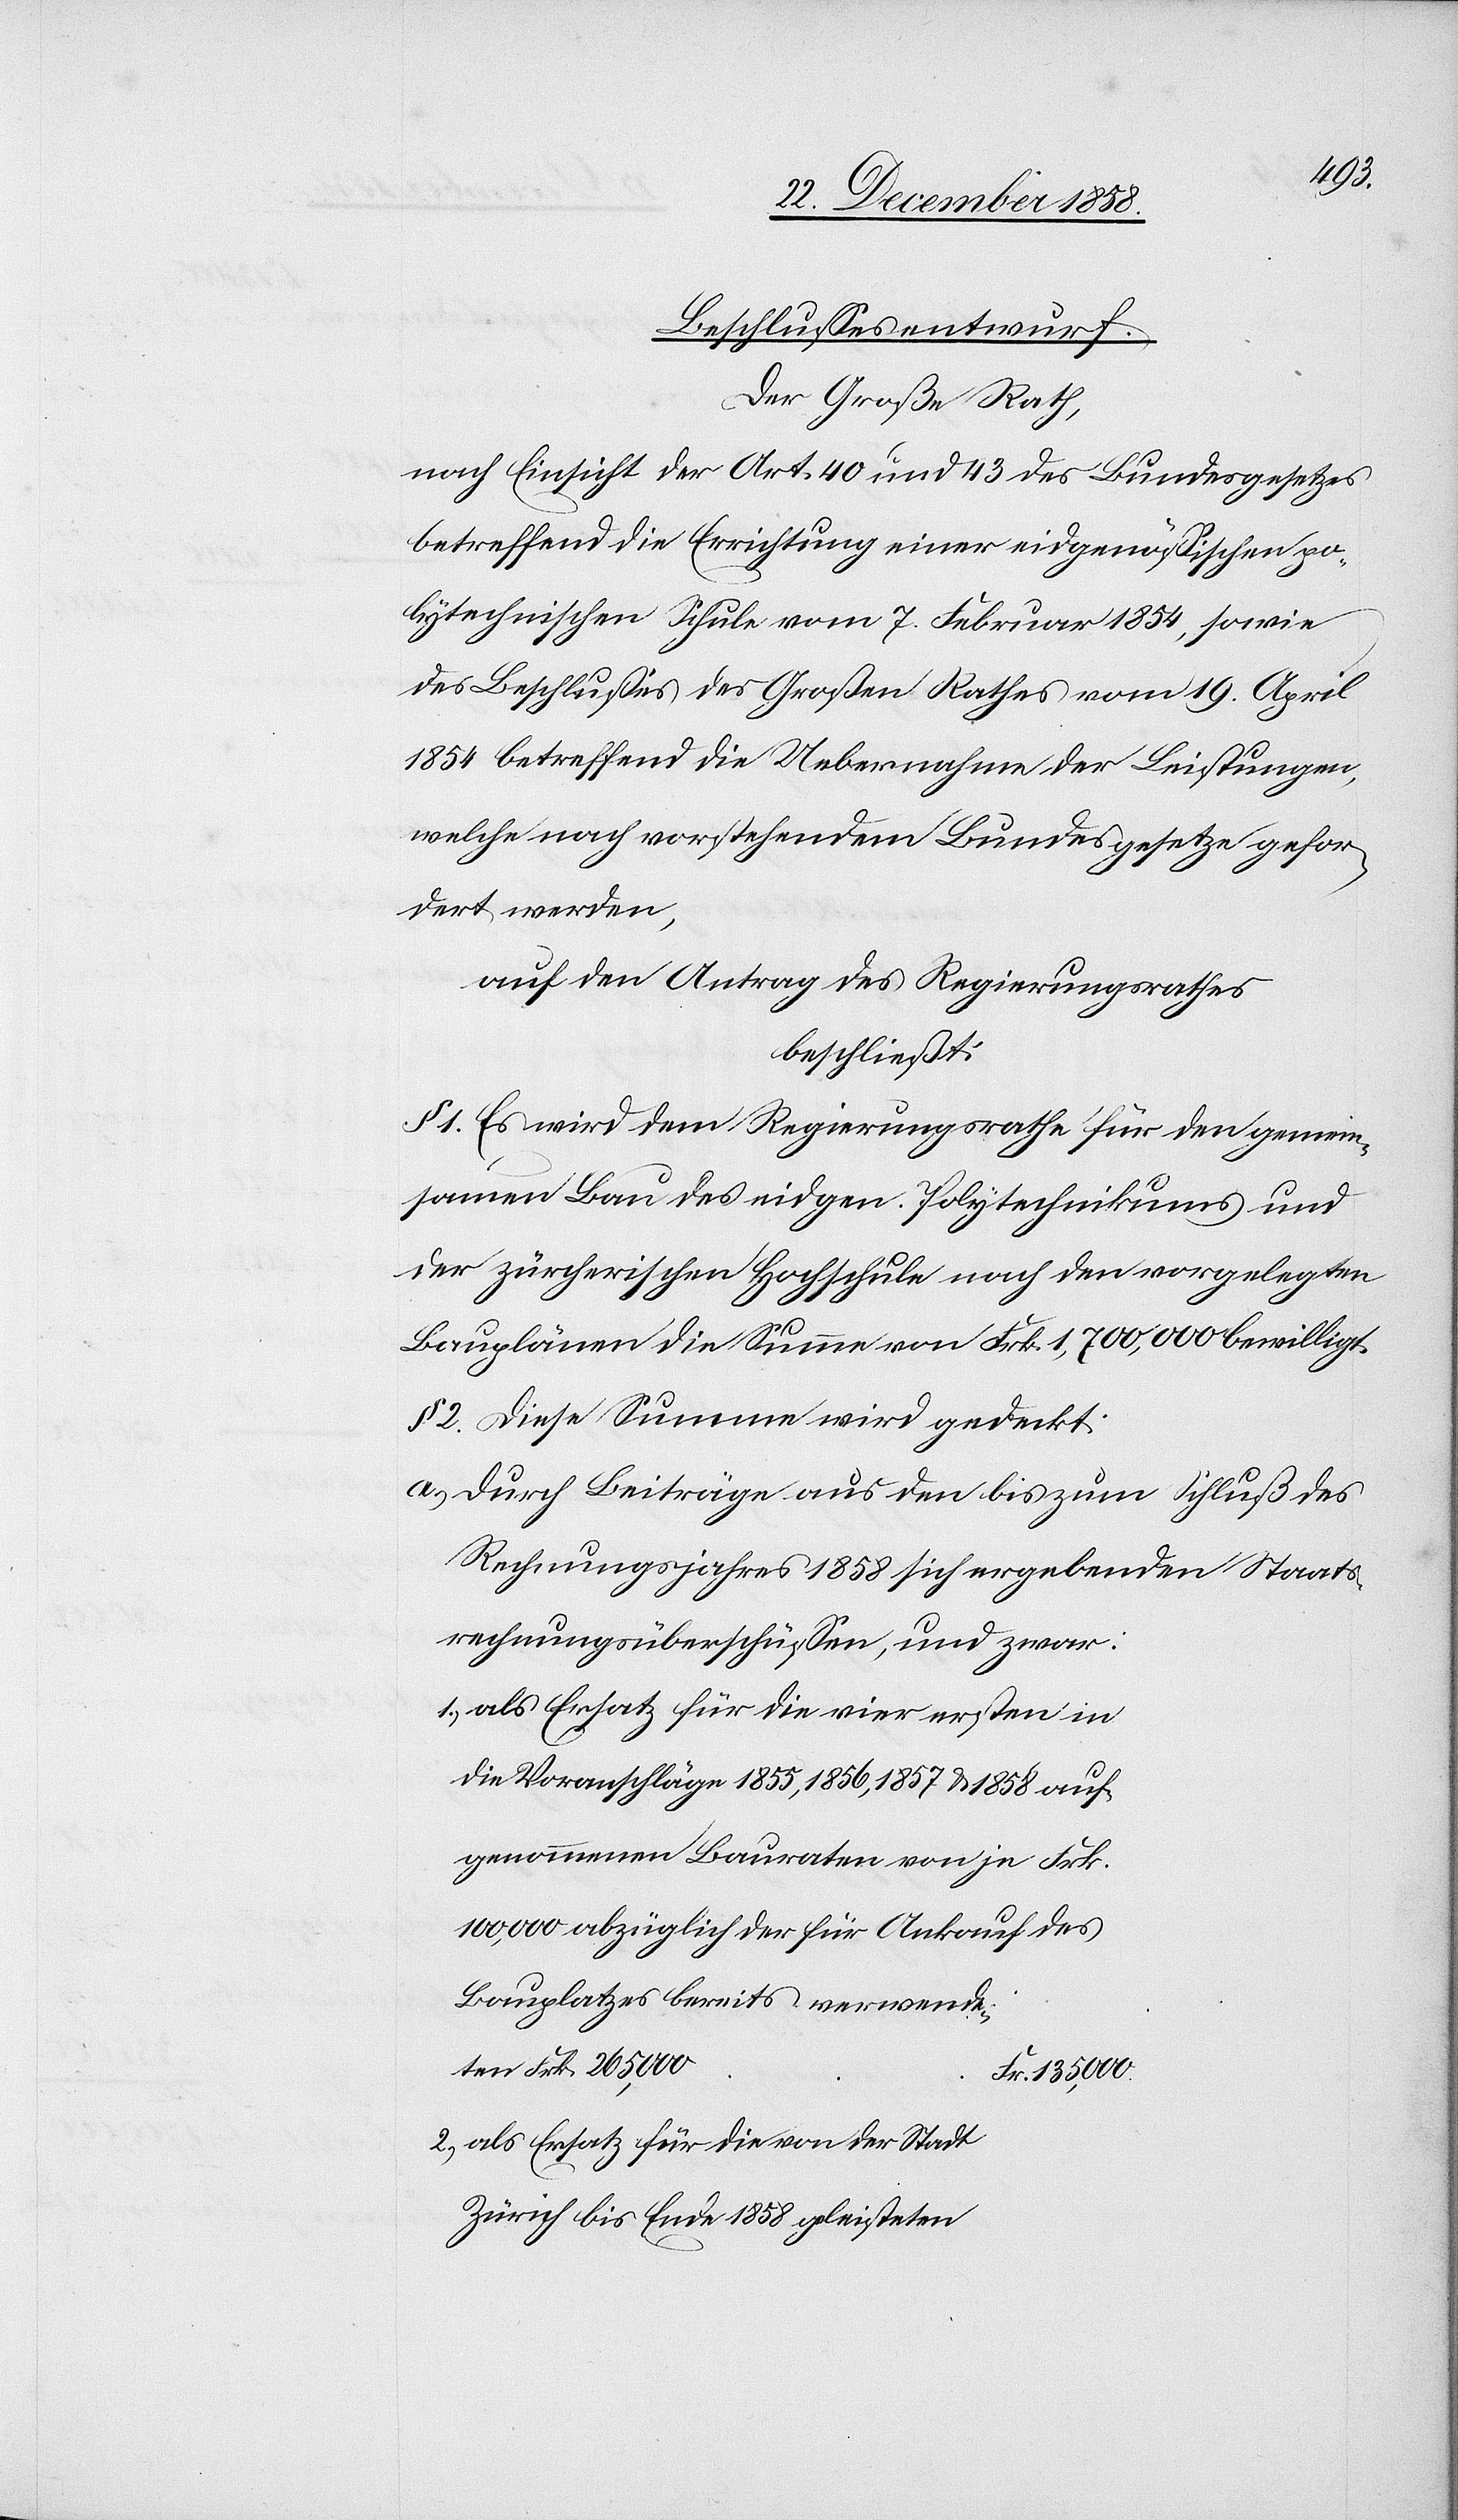
Beschlussesentwurf.
Der Große Rath,
nach Einsicht der Art. 40 und 43 des Bundesgesetzes
betreffend die Errichtung einer eidgenössischen po¬
lytechnischen Schule vom 7. Februar 1854, sowie
des Beschlusses des Großen Rathes vom 19. April
1854 betreffend die Uebernahme der Leistungen,
welche nach vorstehendem Bundesgesetze gefor¬
dert werden,
auf den Antrag des Regierungsrathes
beschließt:
§ 1. Es wird dem Regierungsrathe für den gemein¬
samen Bau des eidgen. Polytechnikums und
der zürcherischen Hochschule nach den vorgelegten
Bauplänen die Summe von Frk. 1,700,000 bewilligt.
§ 2. Diese Summe wird gedeckt:
durch Beiträge aus den bis zum Schluß des
Rechnungsjahres 1858 sich ergebenden Staats¬
rechnungsüberschüssen, und zwar:
als Ersatz für die vier ersten in
die Voranschläge 1855, 1856, 1857 & 1858 auf¬
genommenen Bauraten von je Frk.
100,000 abzüglich der für Ankauf des
Bauplatzes bereits verwende¬
ten Frk. 265,000
Fr. 135,000.
als Ersatz für die von der Stadt
Zürich bis Ende 1858 geleisteten